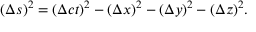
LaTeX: ( \Delta s ) ^ { 2 } = ( \Delta c t ) ^ { 2 } - ( \Delta x ) ^ { 2 } - ( \Delta y ) ^ { 2 } - ( \Delta z ) ^ { 2 } .